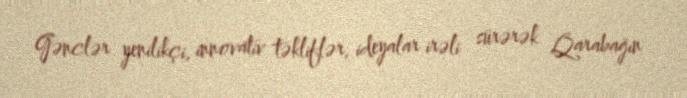
Gənclər yenilikçi, innovativ təkliflər, ideyalar irəli sürərək Qarabağın